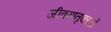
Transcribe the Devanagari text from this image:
जीवमातृकाओं